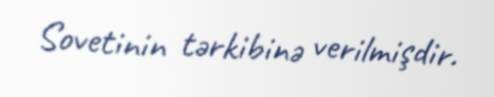
Sovetinin tərkibinə verilmişdir.